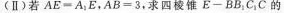
(Ⅱ)若$$AE = A_{1}E$$，$$AB = 3$$，求四棱锥E — BB_{1}C_{1}C的